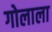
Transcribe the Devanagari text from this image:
गोलाला